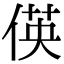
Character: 偀